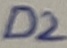
Text: D2